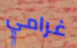
غرامي